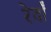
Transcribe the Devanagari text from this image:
रेवाँ